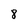
Character: 8